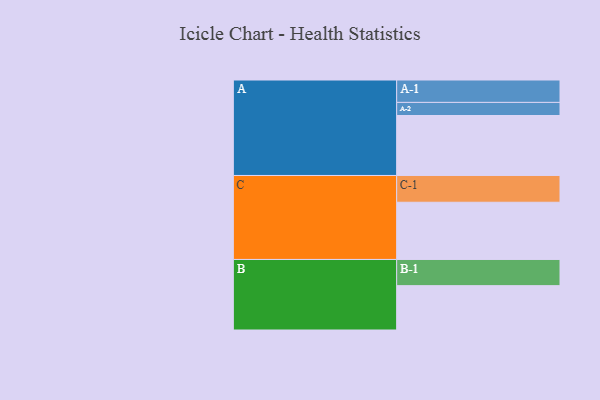
{"axis": {"x": "Segment", "y": "Value"}, "legend": ["", "A", "B", "C"], "data": [{"x": "A", "y": 522, "type": ""}, {"x": "B", "y": 386, "type": ""}, {"x": "C", "y": 498, "type": ""}, {"x": "A-1", "y": 195, "type": "A"}, {"x": "A-2", "y": 114, "type": "A"}, {"x": "B-1", "y": 228, "type": "B"}, {"x": "C-1", "y": 233, "type": "C"}]}